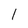
Character: 1